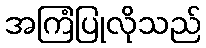
အကြံပြုလိုသည်